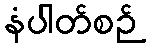
နံပါတ်စဉ်